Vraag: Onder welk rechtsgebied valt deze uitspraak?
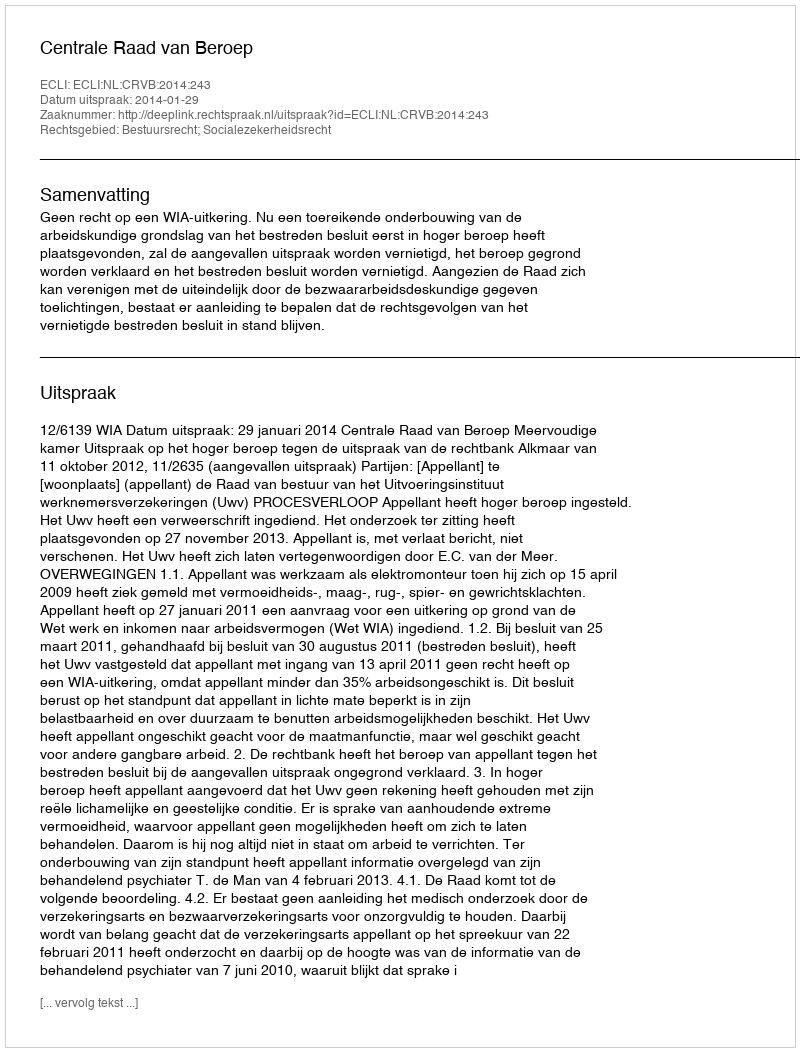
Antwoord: Bestuursrecht; Socialezekerheidsrecht